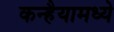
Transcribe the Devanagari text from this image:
कन्हैयामध्ये